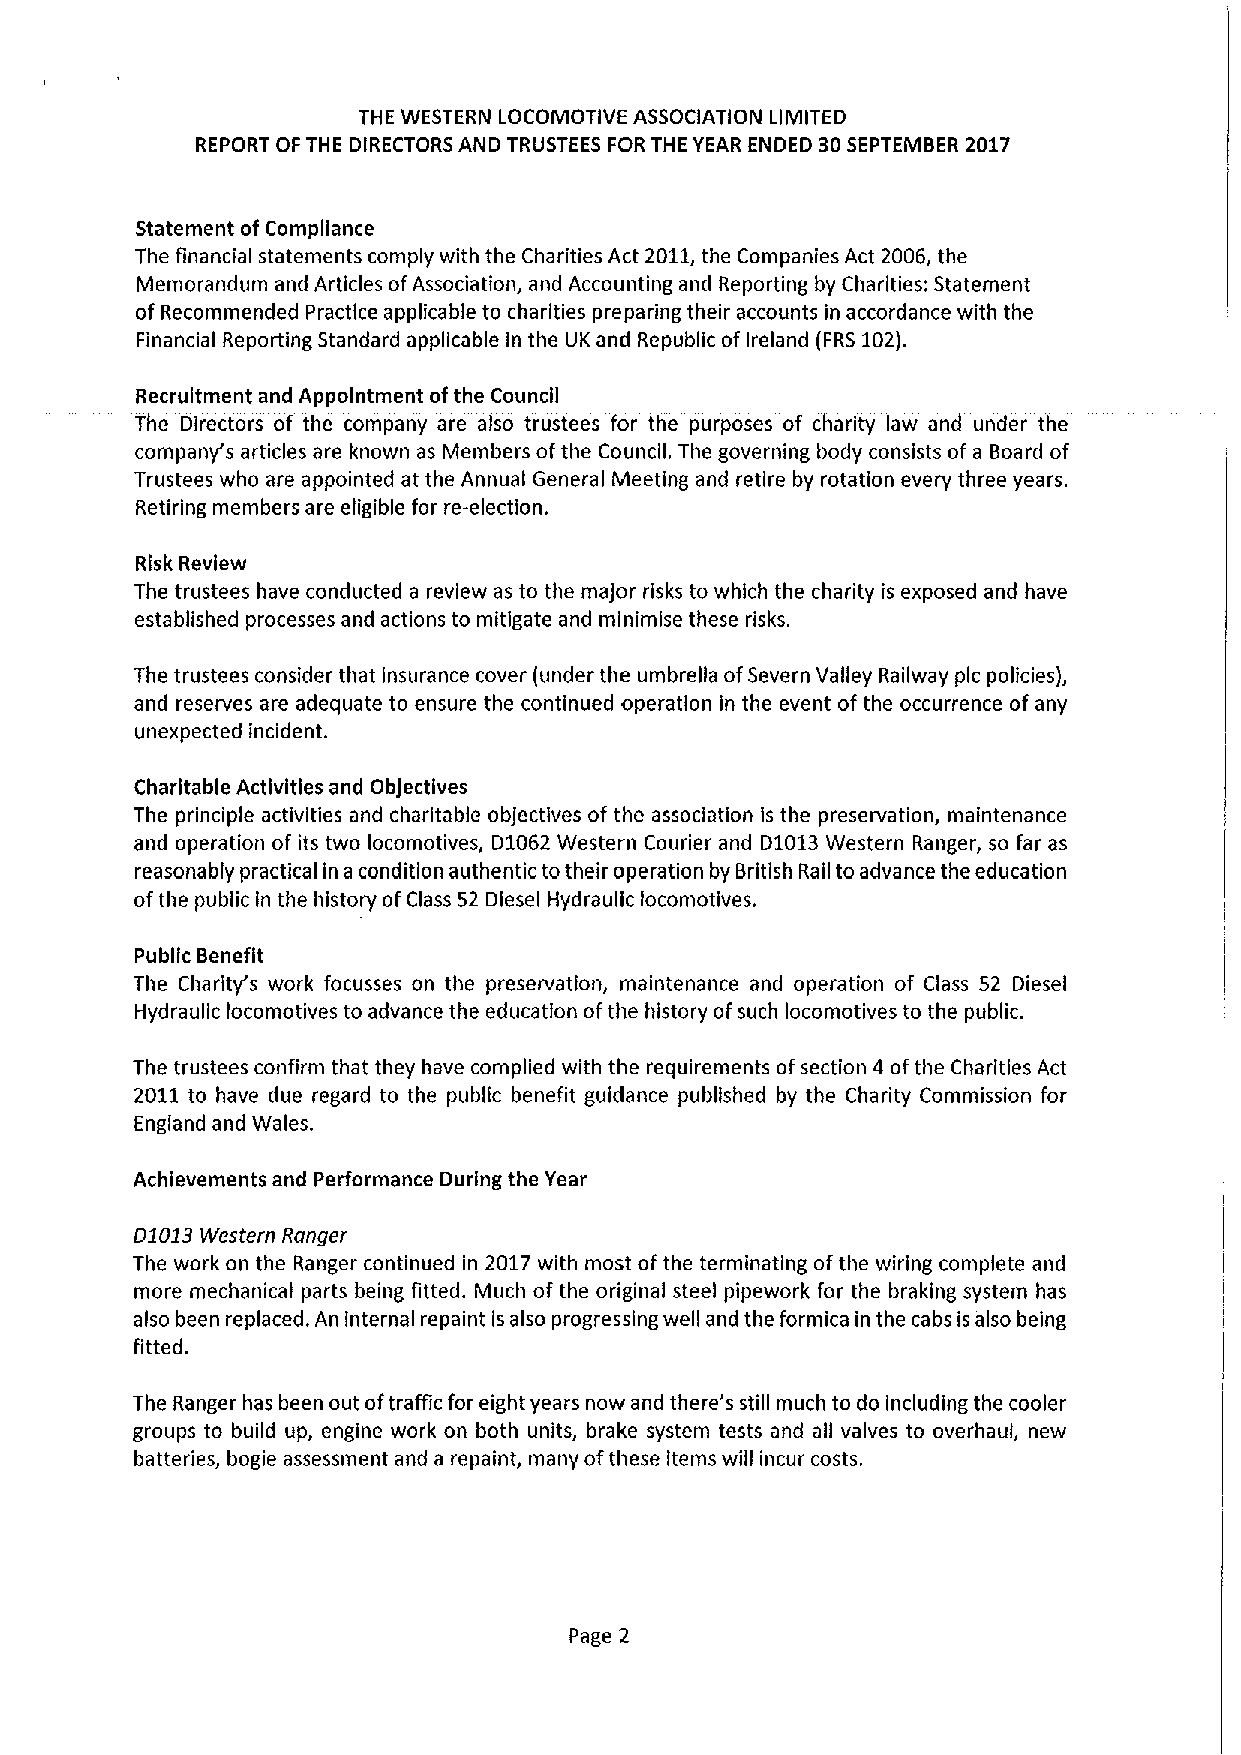
THE WESTERN LOCOMOTIVE ASSOCIATION LIMITED
 REPORT OF THE DIRECTORS AND TRUSTEES FOR THE YEAR ENDED 30SEPTEMBER 2017
 Statement of Compliance
 The financial statements comply with the Charities Act 2011,the Companies Act 2006, the
 Memorandum and Articles ofAssociation, and Accounting and Reporting by Charities: Statement
 of Recommended Practice applicable to charities preparing their accounts in accordance with the
 Financial Reporting Standard applicable in the UK and Republic of Ireland (FRS102).
 Recruitment and Appointment ofthe Council
 The Directors of the company are also trustees for the purposes of charity law and under the
 company's articles are known as Members ofthe Council. The governing body consists of a Board of
 Trustees who are appointed at the Annual General Meeting and retire by rotation every three years.
 Retiring members are eligible for re-election.
 Risk Review
 The trustees have conducted a review as to the ma)or risks to which the charity is exposed and have
 established processes and actions to mitigate and minimise these risks.
 The trustees consider that insurance cover (under the umbrella ofSevern Valley Railway pic policies),
 and reserves are adequate to ensure the continued operation in the event of the occurrence of any
 unexpected incident.
 Charitable Activities and ObJectives
 The principle activities and charitable ob)ectlves of the association is the preservation, maintenance
 and operation of its two locomotives, D1062 Western Courier and D1013Western Ranger, so far as
 reasonably practical in a condition authentic totheir operation by British Rail to advance the education
 ofthe public in the history ofClass 52 Diesel Hydraulic locomotives.
 Public Benefit
 The Charity's work focusses on the preservation, maintenance and operation of Class 52 Diesel
 Hydraulic locomotives to advance the education ofthe history ofsuch locomotives to the public.
 The trustees confirm that they have complied with the requirements ofsection 4 ofthe Charities Act
 2011 to have due regard to the public benefit guidance published by the Charity Commission for
 England and Wales.
 Achievements and Performance During the Year
 D1013Western Ranger
 The work on the Ranger continued in 2017 with most ofthe terminating ofthe wiring complete and
 more mechanical parts being fitted. Much of the original steel pipework for the braking system has
 also been replaced. An internal repaint is also progressing well and the formica in the cabs is also being
 fitted.
 The Ranger has been out oftraffic for eight years now and there's still much to do including the cooler
 groups to build up, engine work on both units, brake system tests and all valves to overhaul, new
 batteries, bogie assessment and a repaint, many ofthese items will incur costs.
 Page 2